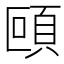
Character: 𩑼